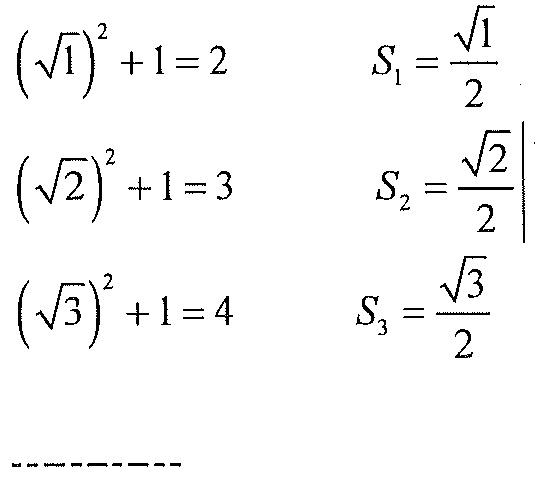
$\begin{align}
\left(\sqrt{1}\right)^{2}+1&=2 &S_{1}&=\dfrac{\sqrt{1}}{2}\\
\left(\sqrt{2}\right)^{2}+1&=3 &S_{2}&=\dfrac{\sqrt{2}}{2}\\
\left(\sqrt{3}\right)^{2}+1&=4 &S_{3}&=\dfrac{\sqrt{3}}{2}
\end{align}$